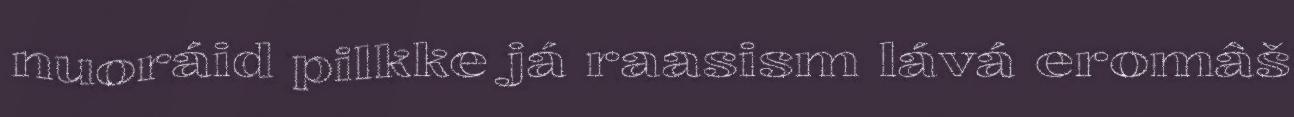
nuoráid pilkke já raasism lává eromâš